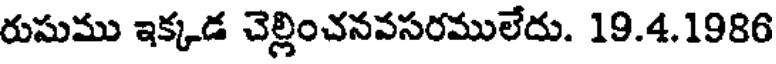
రుసుము ఇక్కడ చెల్లించనవసరములేదు. 19.4.1986